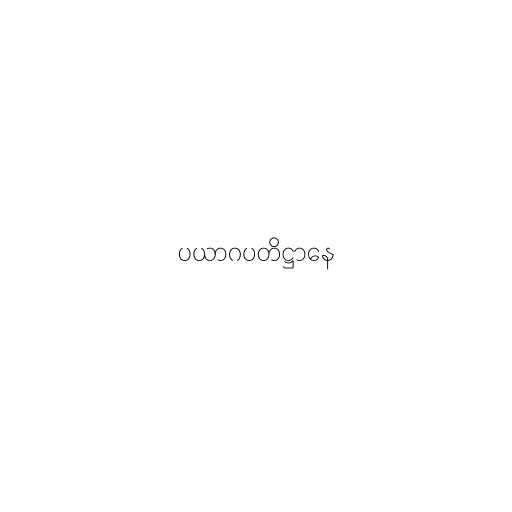
ပယာဂပတိဋ္ဌာနေ